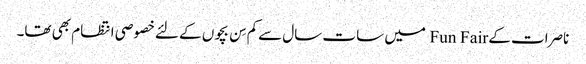
ناصرات کے Fun Fair میں سات سال سےکم سِن بچوں کے لئےخصوصی انتظام بھی تھا۔